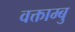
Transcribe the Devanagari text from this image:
वक्ताम्बु